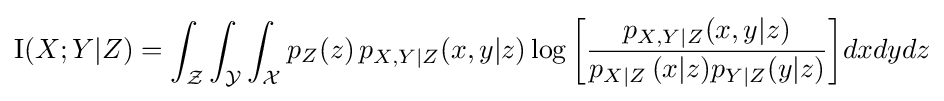
\operatorname {I} (X;Y|Z)=\int _{\mathcal {Z}}\int _{\mathcal {Y}}\int _{\mathcal {X}}{p_{Z}(z)\,p_{X,Y|Z}(x,y|z)\log \left[{\frac {p_{X,Y|Z}(x,y|z)}{p_{X|Z}\,(x|z)p_{Y|Z}(y|z)}}\right]}dxdydz